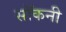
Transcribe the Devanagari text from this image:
सॉकनी